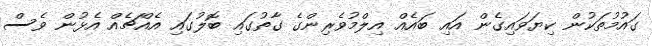
ގައުމުތަކުން ކިޔަވައިގެން އައި ބައެއް އިލްމުވެރިންގެ ގާތުގައި ބޮލުގައި އެއްޗެއް އެޅުން ވެސް